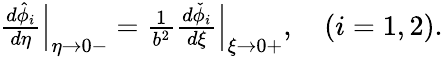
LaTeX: \begin{array}{r}{\frac{d\hat{\phi}_{i}}{d\eta}\Big|_{\eta\to 0-}=\frac{1}{b^{2}}\frac{d\check{\phi}_{i}}{d\xi}\Big|_{\xi\to 0+},\quad(i=1,2).}\end{array}